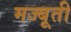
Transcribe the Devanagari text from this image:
मज्बूती